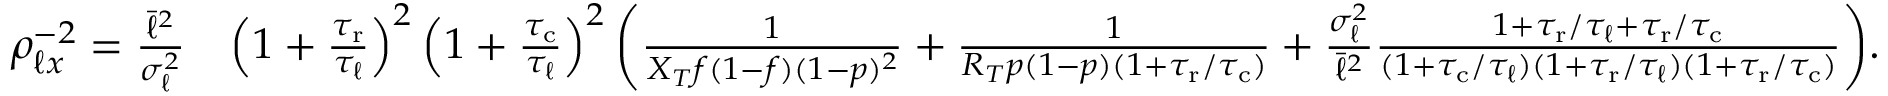
\begin{array} { r l } { \rho _ { \ell x } ^ { - 2 } = \frac { \bar { \ell } ^ { 2 } } { \sigma _ { \ell } ^ { 2 } } } & { \left( 1 + \frac { { \tau _ { \mathrm { r } } } } { \tau _ { \ell } } \right) ^ { 2 } \left( 1 + \frac { { \tau _ { \mathrm { c } } } } { \tau _ { \ell } } \right) ^ { 2 } \bigg ( \frac { 1 } { X _ { T } f ( 1 - f ) ( 1 - p ) ^ { 2 } } + \frac { 1 } { R _ { T } p ( 1 - p ) ( 1 + { \tau _ { \mathrm { r } } } / { \tau _ { \mathrm { c } } } ) } + \frac { \sigma _ { \ell } ^ { 2 } } { \bar { \ell } ^ { 2 } } \frac { 1 + { \tau _ { \mathrm { r } } } / \tau _ { \ell } + { \tau _ { \mathrm { r } } } / { \tau _ { \mathrm { c } } } } { ( 1 + { \tau _ { \mathrm { c } } } / \tau _ { \ell } ) ( 1 + { \tau _ { \mathrm { r } } } / \tau _ { \ell } ) ( 1 + { \tau _ { \mathrm { r } } } / { \tau _ { \mathrm { c } } } ) } \bigg ) . } \end{array}